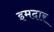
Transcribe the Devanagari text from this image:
इमदार